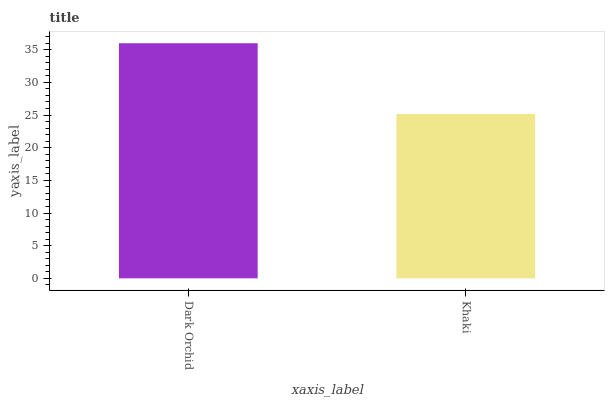
| xaxis_label | bars |
 | --- | --- |
 | Dark Orchid | 36 |
 | Khaki | 25.2 |